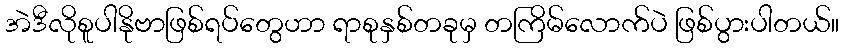
အဲဒီလိုစူပါနိုဗာဖြစ်ရပ်တွေဟာ ရာစုနှစ်တခုမှ တကြိမ်လောက်ပဲ ဖြစ်ပွားပါတယ်။